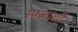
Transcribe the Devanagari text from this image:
स्पंजाशी